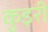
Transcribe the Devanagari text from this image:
कुइरी